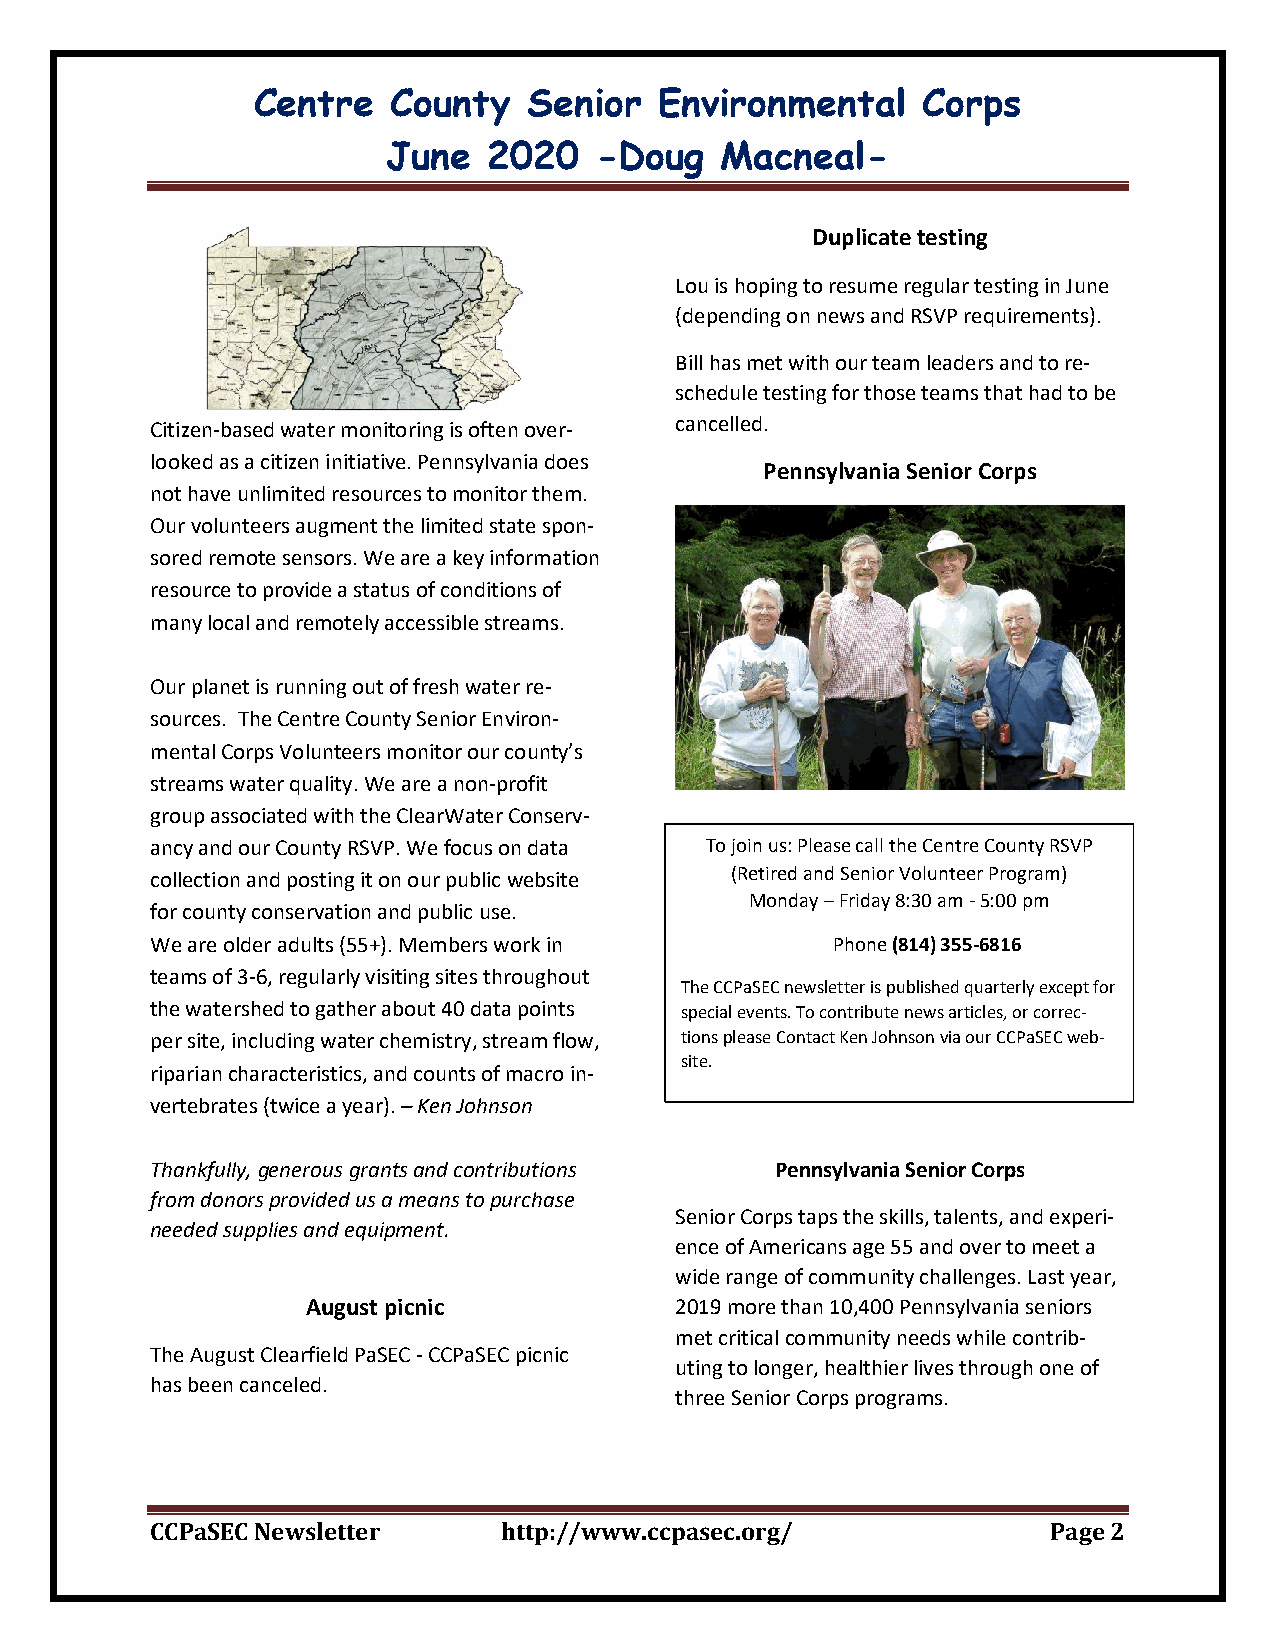
Centre   County   Senior   Environmental    Corps
 June  2020   -Doug    Macneal-
 Duplicate testing
 Lou is hoping to resume regular testing in June
 (depending on news and RSVP requirements).
 Bill has met with our team leaders and to re-
 schedule testing for those teams that had to be
 Citizen-based water monitoring is often over- cancelled.
 looked as a citizen initiative. Pennsylvania does
 Pennsylvania Senior Corps
 not have unlimited resources to monitor them.
 Our volunteers augment the limited state spon-
 sored remote sensors. We are a key information
 resource to provide a status of conditions of
 many local and remotely accessible streams.
 Our planet is running out of fresh water re-
 sources. The Centre County Senior Environ-
 mental Corps Volunteers monitor our county’s
 streams water quality. We are a non-profit
 group associated with the ClearWater Conserv-
 ancy and our County RSVP. We focus on data To join us: Please call the Centre County RSVP
 collection and posting it on our public website (Retired and Senior Volunteer Program)
 Monday – Friday 8:30 am - 5:00 pm
 for county conservation and public use.
 We are older adults (55+). Members work in   Phone (814) 355-6816
 teams of 3-6, regularly visiting sites throughout
 The CCPaSEC newsletter is published quarterly except for
 the watershed to gather about 40 data points special events. To contribute news articles, or correc-
 per site, including water chemistry, stream flow, tions please Contact Ken Johnson via our CCPaSEC web-
 site.
 riparian characteristics, and counts of macro in-
 vertebrates (twice a year). – Ken Johnson
 Thankfully, generous grants and contributions Pennsylvania Senior Corps
 from donors provided us a means to purchase
 Senior Corps taps the skills, talents, and experi-
 needed supplies and equipment.
 ence of Americans age 55 and over to meet a
 wide range of community challenges. Last year,
 August picnic            2019 more than 10,400 Pennsylvania seniors
 met critical community needs while contrib-
 The August Clearfield PaSEC - CCPaSEC picnic
 uting to longer, healthier lives through one of
 has been canceled.
 three Senior Corps programs.
 CCPaSEC Newsletter     http://www.ccpasec.org/              Page 2